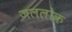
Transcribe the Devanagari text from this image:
जललोक